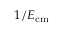
1 / E _ { \mathrm { { c m } } }